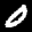
Label: 0